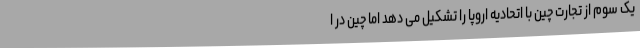
یک سوم از تجارت چین با اتحادیه اروپا را تشکیل می دهد اما چین در ا